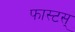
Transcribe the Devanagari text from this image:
फास्टस्